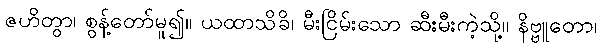
ဇဟိတွာ၊ စွန့်တော်မူ၍။ ယထာသိခိ၊ မီးငြိမ်းသော ဆီးမီးကဲ့သို့။ နိဗ္ဗူတော၊